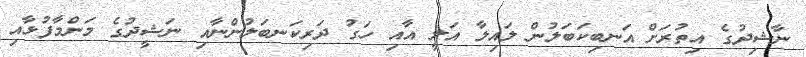
ނާޝިދުގެ އިތުރަށް އަނބިކަބަލުން ލައިލާ އަލީ އާއި ހަގު ދަރިކަނބަލުންނާއި ނަޝީދުގެ މަންމާފުޅާއި